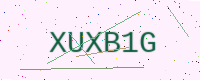
Text: XUXB1G